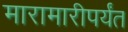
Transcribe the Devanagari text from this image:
मारामारीपर्यंत